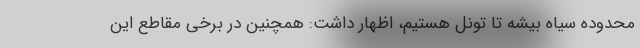
محدوده سیاه بیشه تا تونل هستیم، اظهار داشت: همچنین در برخی مقاطع این